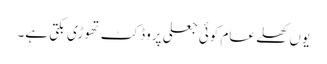
یوں کھلے عام کوئی جعلی پروڈکٹ تھوڑی بکتی ہے۔